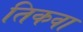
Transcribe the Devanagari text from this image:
तिकवा